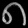
Digit: ၈